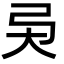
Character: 𢎴